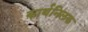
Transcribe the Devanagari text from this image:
कार्थनिलक